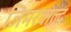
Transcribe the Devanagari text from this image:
जिमरवाल्द